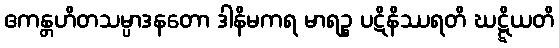
ဧကန္တဟိတသမ္ပာဒနတော ဒါနိမကရ မာရဉ္စ ပဋိနိဿရတိ ဃဋ္ဋိယတိ